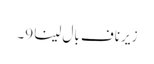
زیرِ ناف بال لینا 9۔